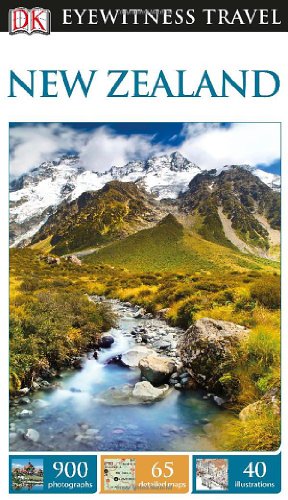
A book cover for DK Eyewitness Travel Guide: New Zealand; DK Publishing; History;